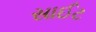
સાઈટ